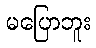
မပြောဘူး